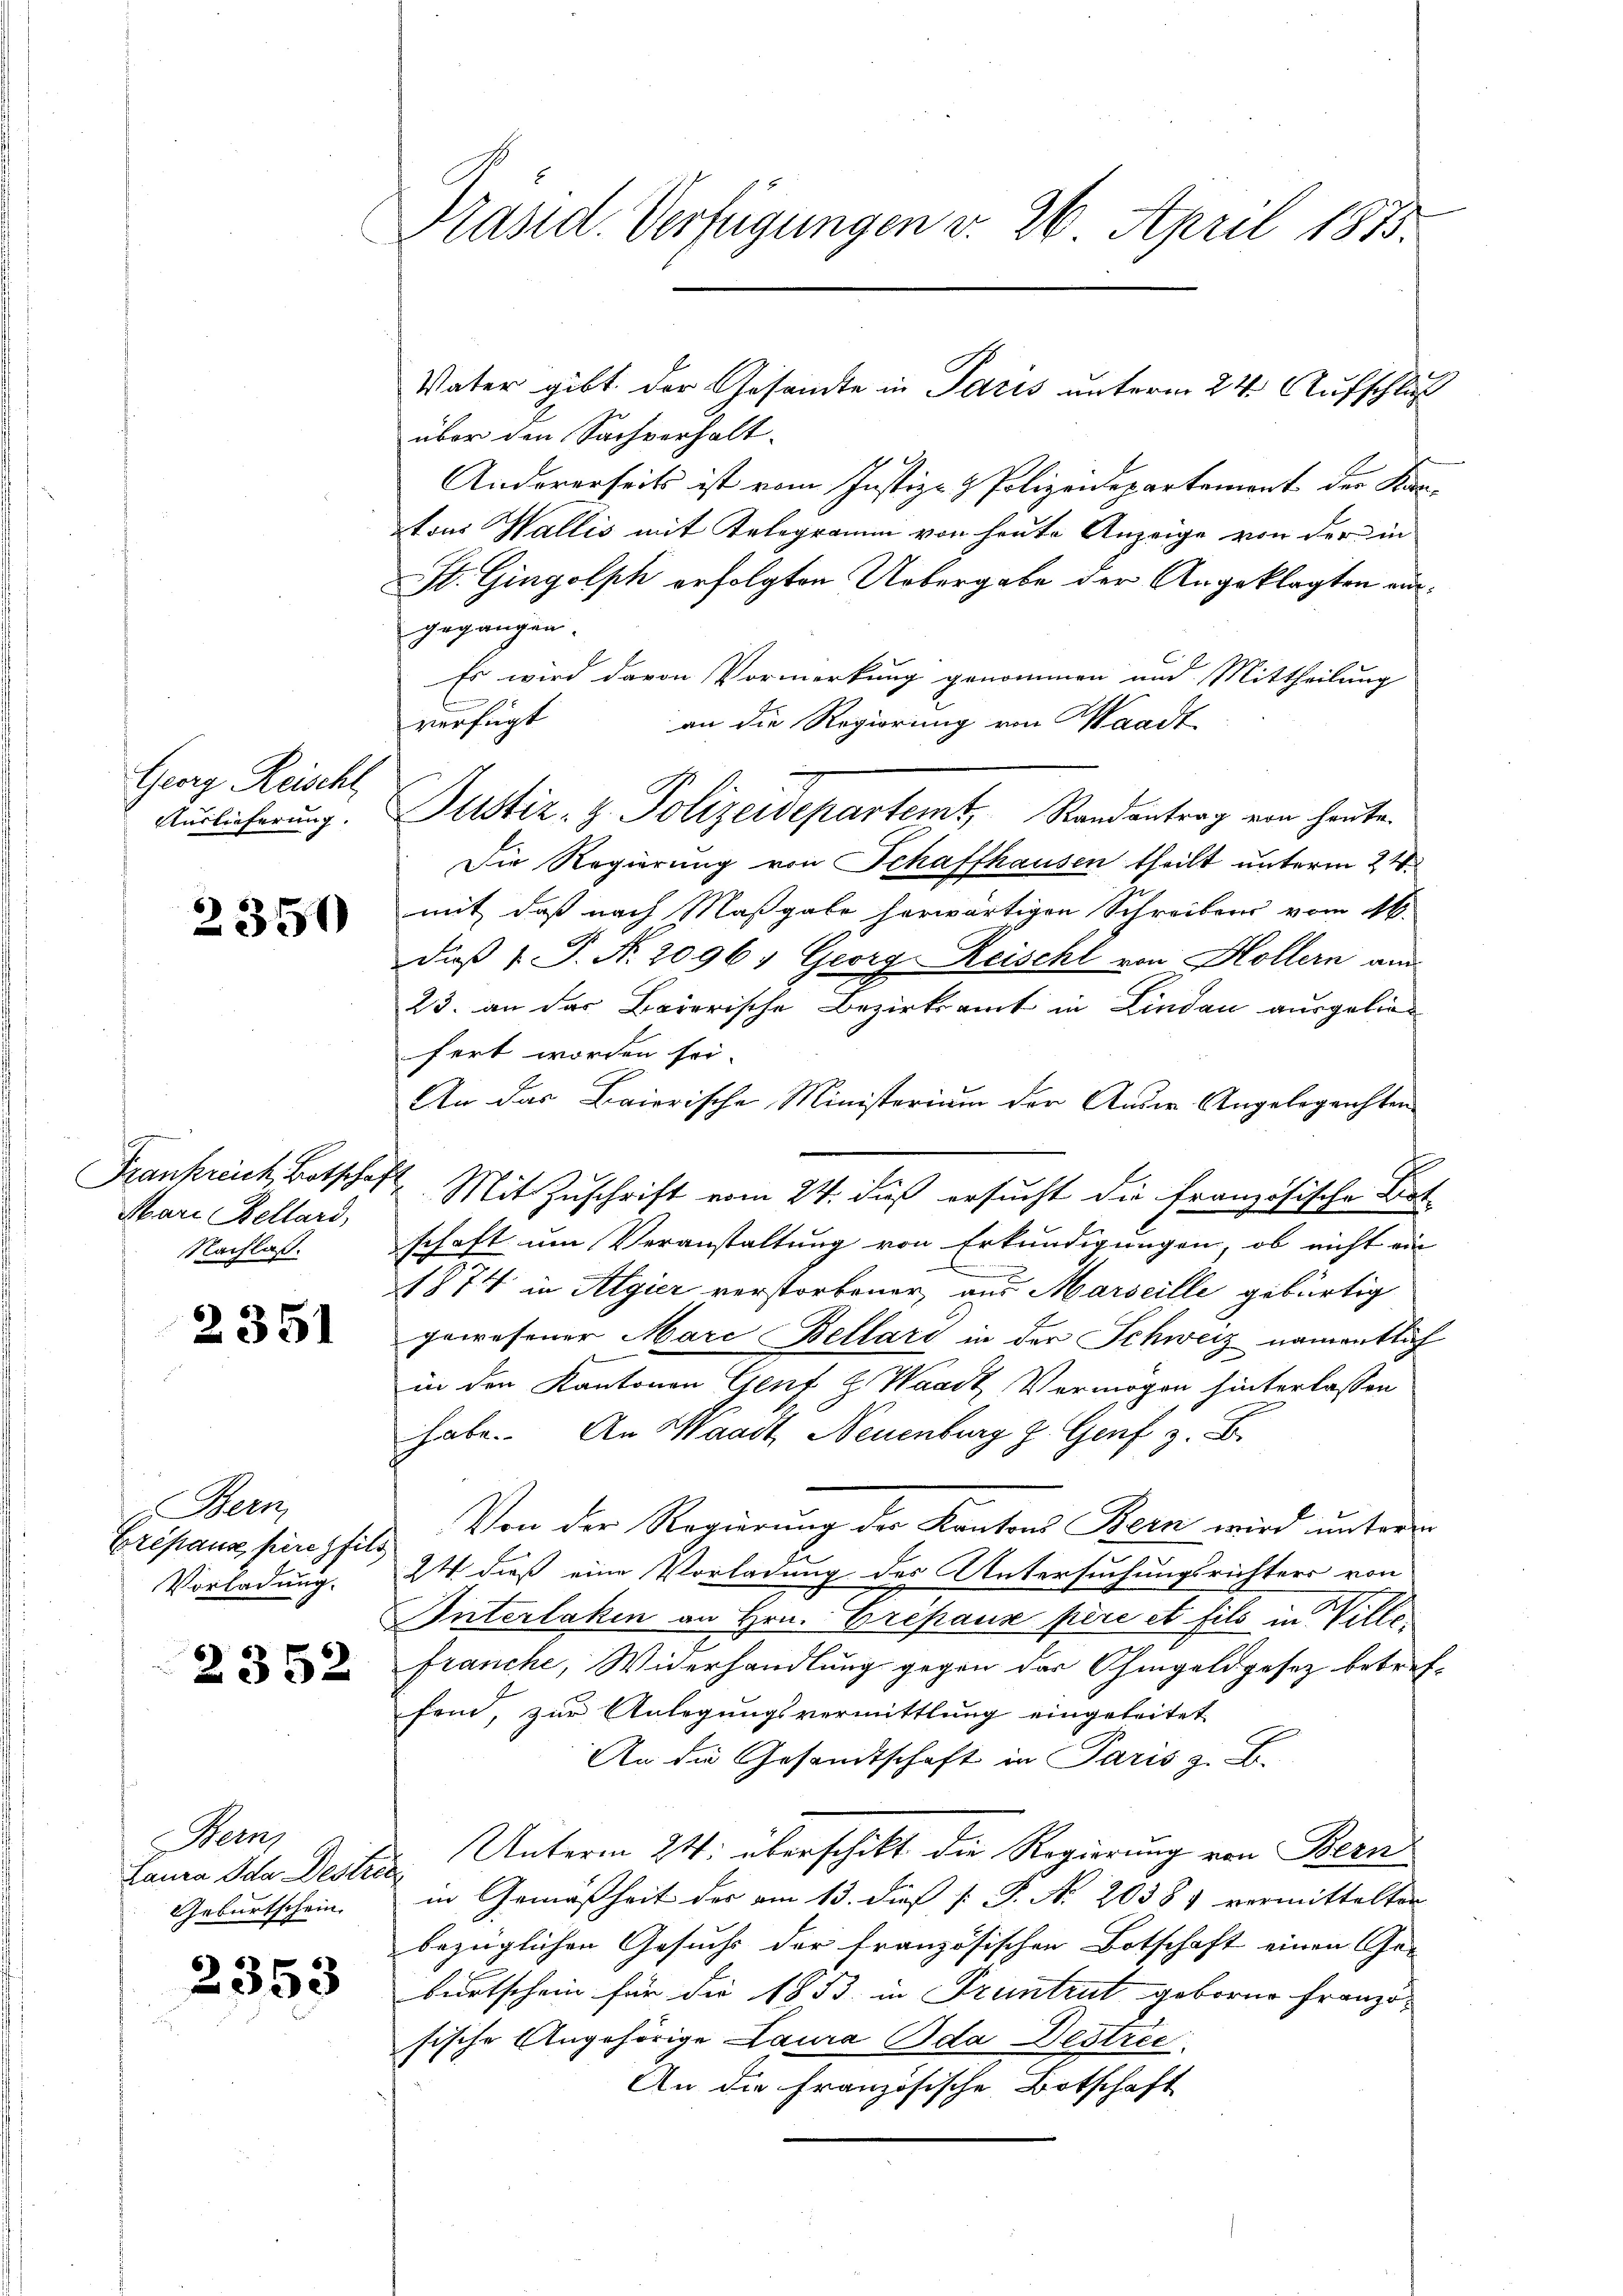
Georg Reischt,
Auslieferung.

2350

Mare Bellard,
Nachlaß.

2351

Berm
Erepanz pere fils
Vorladung.

2352

Bern
Geburtschein.

2353

Präsid. Verfügungen v. 26. April 1873.

über den Sachverhalt.
g
Andererseits ist vom Justiz- & Polizeidepartement der Kan-
tons Wallis mit Telegramm von heute Anzeige von der in
St. Gingolph erfolgten Uebergabe der Angeklagten ausgegangen.
Es wird davon Vormerkung genommen und Mittheilung
1
verfügt
an die Regierung von Waadt,
Justiz- & Polizeidepartem Randantrag von heute.
Die Regierung von Schaffhausen theilt unterm 24.
mit daß nach Maßgabe herwärtigen Schreibens vom 16.
dieß P. P. Nr. 2096. Georg Reischl von Höllern am
23. an das Baierische Bezirksamt in Lindau ausgeliefert worden sei.
An das Baierische Ministerium der Ander Angelegensten
Frankreich, Botschaft. Mit Zuschrift vom 24. Fuß ersucht die Französische Bet
schaft um Veranstaltung von Erkundigungen, ob nicht ein
1874 in Algier verstorbener, aus Marseille gebürtig
gewesener Mare Bellars in der Schweiz namentlich
in den Kantonen Genf z. Waadt, Vermögen hinterlassen
habe. An Waadt, Neuenburg z. Genf z. B.
Von der Regierung der Kantons Bern wird unterm
I dieß eine Vorladung des Untersuchungsrichters von
Interlaken an Hrn. Erépaux père et fils in Villefranche, Widerhandlung gegen der Ohmgeldgesez betreffend, zur Anlegungsvermittlung eingeleitet
An die Gesandtschaft in Paris z. B.
Lauen Johan Destiis Unterm 24. überschikt die Regierung von Bern
in Gemäßheit des am 13. dieß P. Nr. 20381 vermittelten
bezüglichen Gesuchs der französischen Botschaft einen Ge-
burtschein für die 1833. in Pruntrut geborne Französische Angehörige Laura Oda Destrec
An die Französische Botschaft

Vater gibt der Gesandte in Paris unterm 24. Aufschluß